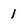
Character: 1